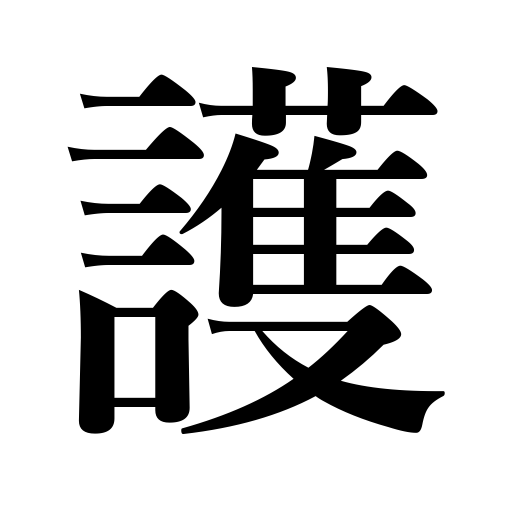
Meanings: obey,protect,defend,be true to,keep,observe,abide by,stick to